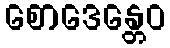
စောဒေန္တေဝ